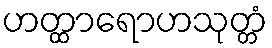
ဟတ္ထာရောဟသုတ္တံ